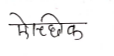
मजकूर: ऐच्छिक